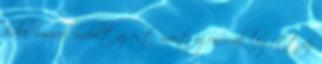
halk imával indult az est, mert igencsak lógott az